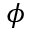
\phi